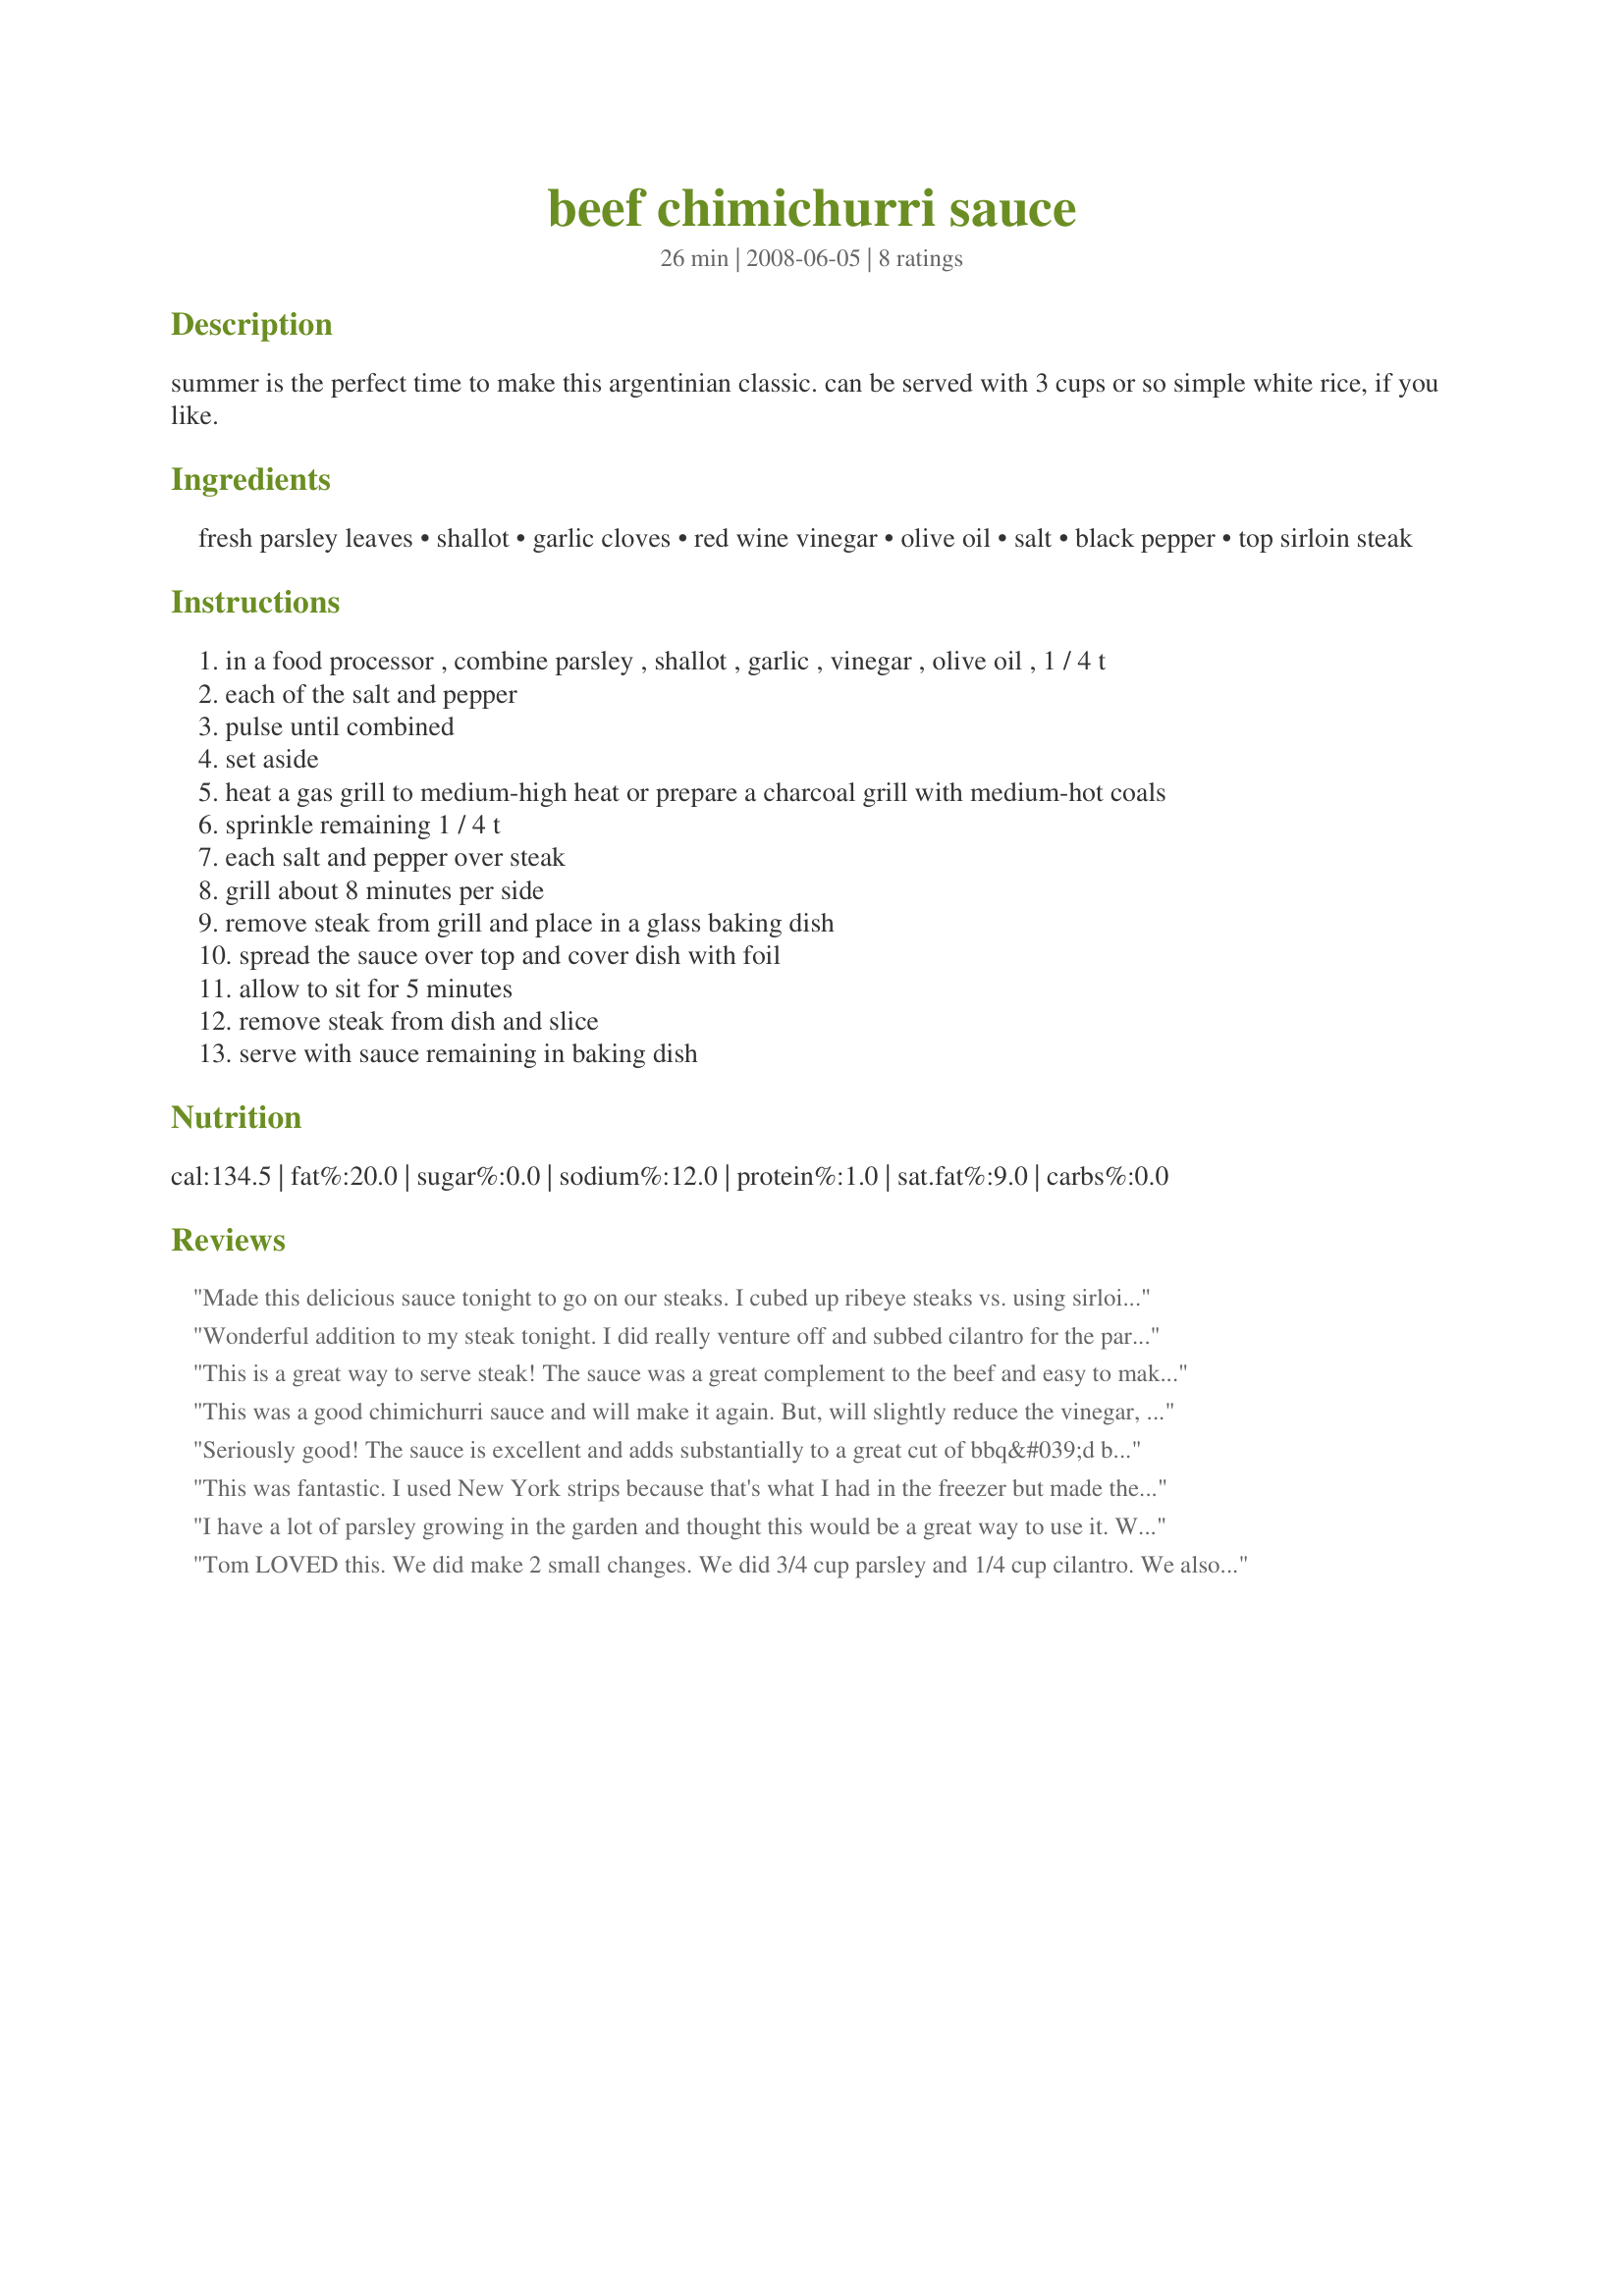
beef chimichurri sauce
Preparation time: 26 minutes

summer is the perfect time to make this argentinian classic. can be served with 3 cups or so simple white rice, if you like.

Ingredients:
fresh parsley leaves, shallot, garlic cloves, red wine vinegar, olive oil, salt, black pepper, top sirloin steak

Steps:
in a food processor , combine parsley , shallot , garlic , vinegar , olive oil , 1 / 4 t
each of the salt and pepper
pulse until combined
set aside
heat a gas grill to medium-high heat or prepare a charcoal grill with medium-hot coals
sprinkle remaining 1 / 4 t
each salt and pepper over steak
grill about 8 minutes per side
remove steak from grill and place in a glass baking dish
spread the sauce over top and cover dish with foil
allow to sit for 5 minutes
remove steak from dish and slice
serve with sauce remaining in baking dish

Reviews:
Made this delicious sauce tonight to go on our steaks. I cubed up ribeye steaks vs. using sirloin and placed them on skewers. They were wonderful with the chimichurri sauce. Served with black beans and rice. Made for Culinary Quest - South America, 2014.
Wonderful addition to my steak tonight. I did really venture off and subbed cilantro for the parsely. One because it's what I had on hand, two because I love it, and three it seems more relevant to South America. Excellent results, highly recommend. For ZWT.
This is a great way to serve steak! The sauce was a great complement to the beef and easy to make. Thanks for posting this recipe!
This was a good chimichurri sauce and will make it again. But, will slightly reduce the vinegar, as it was a bit too much for us. We don&#039;t eat much meat, so we just pan-fried a New York strip to rare, then thinly sliced it to share between the two of us. Made for Culinary Quest 2014.
Seriously good! The sauce is excellent and adds substantially to a great cut of bbq&#039;d beef. We grilled to medium-rare and served in mini pitas drizzled with more sauce and some salad for really excellent sandwiches. Thanks for a great recipe.
This was fantastic. I used New York strips because that's what I had in the freezer but made the sauce just as written. It really brought out the flavor of the meat. Thanks for sharing! For ZWT
I have a lot of parsley growing in the garden and thought this would be a great way to use it. We really enjoyed the fresh bright flavor and thought it went very well with the simple grilled sirloin. I used the blender, and it made more of a puree. Next time I would use a little less garlic. The raw garlic flavor was a bit pronounced for our tastes.
Tom LOVED this. We did make 2 small changes. We did 3/4 cup parsley and 1/4 cup cilantro. We also used half of the red wine vinegar and subbed lime for the other half. We were going for a lime type of dinner overall and that small substitution really brought it all together. Most excellent. Made for ZWT.
